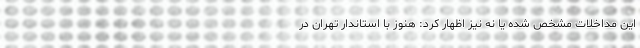
این مداخلات مشخص شده یا نه نیز اظهار کرد: هنوز با استاندار تهران در